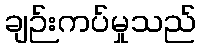
ချဉ်းကပ်မှုသည်